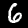
Digit: 6